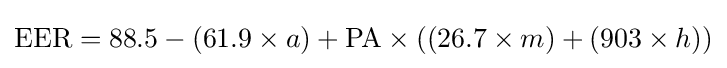
{\text{EER}}=88.5-(61.9\times a)+{\text{PA}}\times ((26.7\times m)+(903\times h))